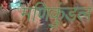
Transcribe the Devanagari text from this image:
मणिकुंडल